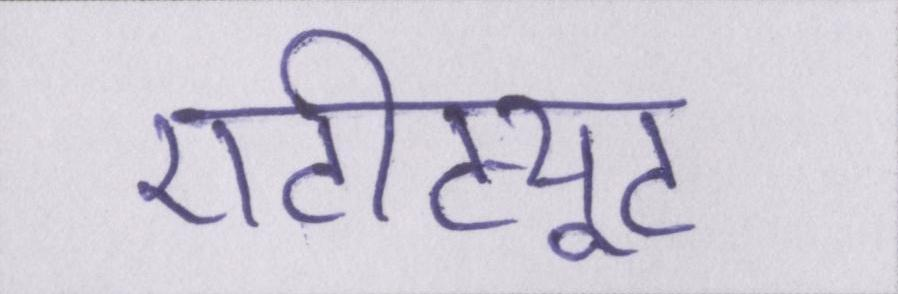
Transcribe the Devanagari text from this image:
एटीट्यूट